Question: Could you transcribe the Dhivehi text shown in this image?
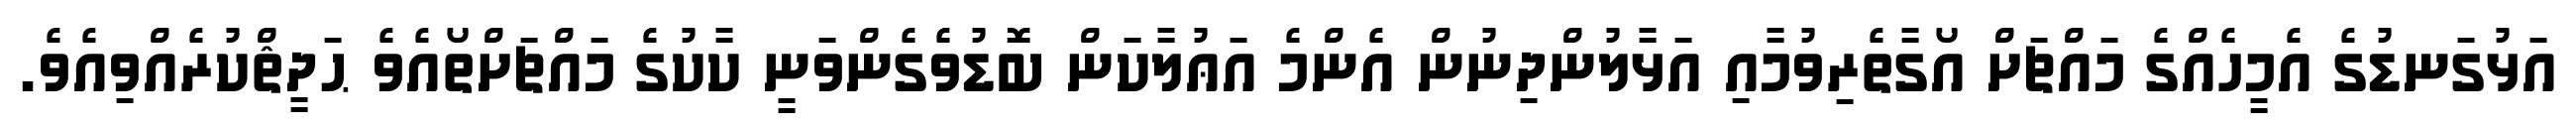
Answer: އަޅުގަނޑުގެ އެމީހެއްގެ މައްޗަށް އޯގާތެރިވުމާއި އަޅާލުންދިނުން އެންމެ އަޢުލާކަން ބޮޑުވެގެންވަނީ ކާކުގެ މައްޗަށްތޯއެވެ ޙަދީޘްކުރެއްވިއެވެ.